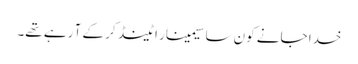
خدا جانے کون سا سیمینار اٹینڈ کر کے آ رہے تھے۔